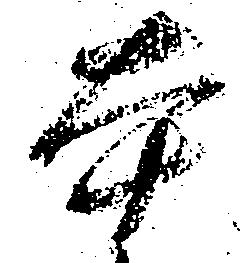
本